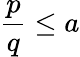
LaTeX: \frac{p}{q}\leq a